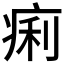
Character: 痢